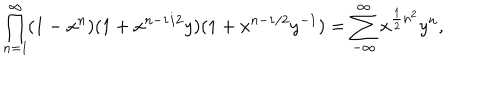
LaTeX: \prod _ { n = 1 } ^ { \infty } ( 1 - x ^ { n } ) ( 1 + x ^ { n - 1 / 2 } y ) ( 1 + x ^ { n - 1 / 2 } y ^ { - 1 } ) = \sum _ { - \infty } ^ { \infty } x ^ { \frac { 1 } { 2 } n ^ { 2 } } y ^ { n } ,